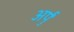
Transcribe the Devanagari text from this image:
अर्पुं